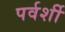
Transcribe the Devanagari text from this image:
पर्वर्शी